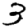
Digit: 3